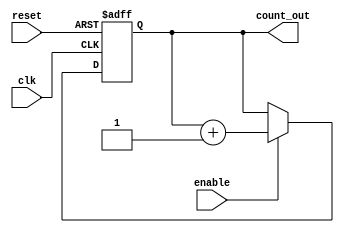
module memory_blocks_up_counter #(
    parameter N = 8  // Configurable size of the counter (number of bits)
)(
    input wire clk,        // Clock signal
    input wire reset,      // Asynchronous reset signal
    input wire enable,     // Enable signal for counting
    output reg [N-1:0] count_out // Current count value
);

// Memory block to store the current count value
reg [N-1:0] count_memory;

// Asynchronous reset and counting logic
always @(posedge clk or posedge reset) begin
    if (reset) begin
        count_memory <= 0; // Reset the count to 0
    end else if (enable) begin
        count_memory <= count_memory + 1; // Increment the count
    end
end

// Assign the current count value to the output
always @(*) begin
    count_out = count_memory; // Output the current count value
end

endmodule